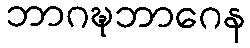
ဘာဂဍ္ဎဘာဂေန